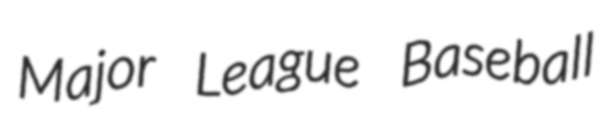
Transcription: Major League Baseball